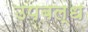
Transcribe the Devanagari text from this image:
उपबल्ध